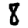
Digit: 8